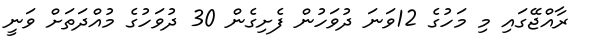
ރާއްޖޭގައި މި މަހުގެ 12ވަނަ ދުވަހުން ފެށިގެން 30 ދުވަހުގެ މުއްދަތަށް ވަނީ